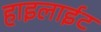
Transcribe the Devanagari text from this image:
हाइलाईट